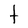
Character: t